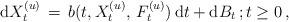
LaTeX: \begin{align*} {\mathrm d} X^{(u)}_{t} \, =\, b(t, X_{t}^{(u)}, \, F^{(u)}_{t} ) \, {\mathrm d} t + {\mathrm d} B_{t} \, ; t \ge 0 \, , \end{align*}